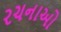
રચનાઓ